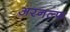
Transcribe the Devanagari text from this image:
अरनल्फ